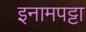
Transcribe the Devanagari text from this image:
इनामपट्टा